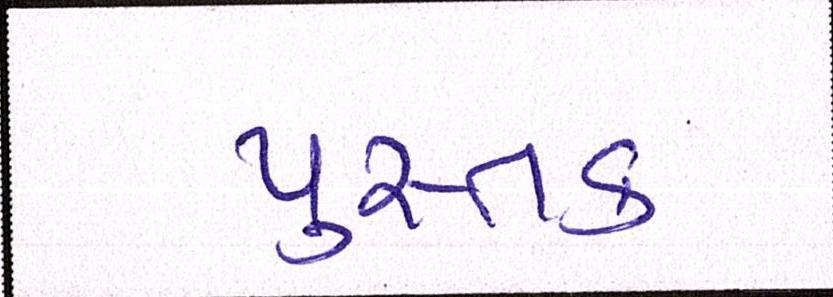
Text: પુસ્તક